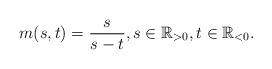
LaTeX: \begin{align*} m(s,t) = \frac{s}{s-t}, s \in \mathbb{R}_{>0}, t \in \mathbb{R}_{<0}.\end{align*}